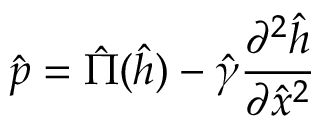
\hat { p } = \hat { \Pi } ( \hat { h } ) - \hat { \gamma } \frac { \partial ^ { 2 } \hat { h } } { \partial \hat { x } ^ { 2 } }